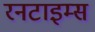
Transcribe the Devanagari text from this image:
रनटाइम्स